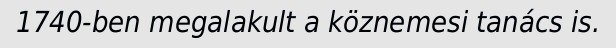
1740-ben megalakult a köznemesi tanács is.